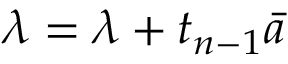
\lambda = \lambda + t _ { n - 1 } \bar { a }